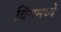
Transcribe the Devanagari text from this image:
विंगमध्ये